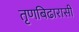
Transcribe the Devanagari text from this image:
तृणबिढारासी